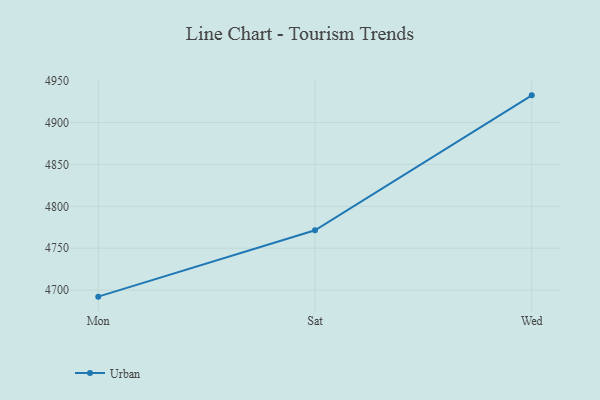
{"axis": {"x": "Day", "y": "Humidity (%)"}, "legend": ["Urban"], "data": [{"x": "Mon", "y": 4692.2, "type": "Urban"}, {"x": "Sat", "y": 4771.4, "type": "Urban"}, {"x": "Wed", "y": 4932.5, "type": "Urban"}]}